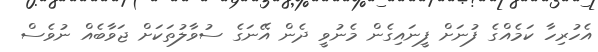
އެހުރިހާ ކަމެއްގެ ފުނަށް ފީނައިގެން މެނުވީ ދެން އޭނަގެ ސުވާލުތަކަށް ޖަވާބެއް ނުވެސް